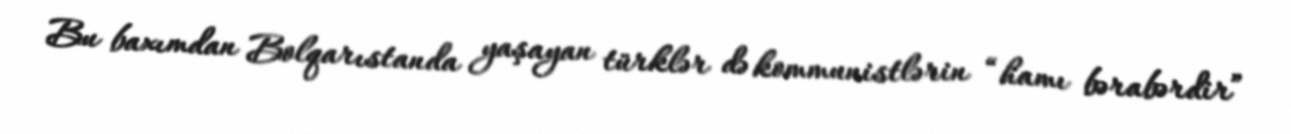
Bu baxımdan Bolqarıstanda yaşayan türklər də kommunistlərin “hamı bərabərdir”